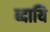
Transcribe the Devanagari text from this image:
ब्दायि